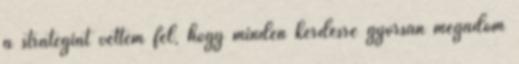
a stratégiát vettem fel, hogy minden kérdésre gyorsan megadom